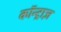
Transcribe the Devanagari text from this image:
कॉन्ट्राज़